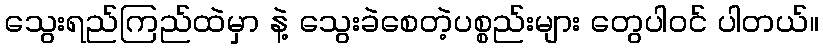
သွေးရည်ကြည်ထဲမှာ နဲ့ သွေးခဲစေတဲ့ပစ္စည်းများ တွေပါဝင် ပါတယ်။